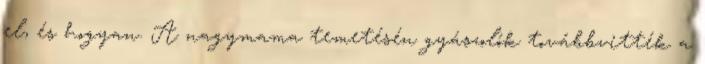
el, és hogyan. A nagymama temetésén gyászolók továbbvitték a